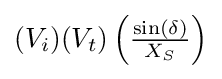
{\textstyle (V_{i})(V_{t})\left({\frac {\sin(\delta )}{X_{S}}}\right)}